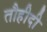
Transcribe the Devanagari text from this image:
तौहीदी